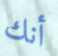
أنك